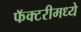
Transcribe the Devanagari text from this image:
फॅक्टरीमध्ये